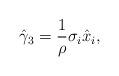
LaTeX: \begin{align*}\hat{\gamma}_{3}=\frac{1}{\rho}\sigma_{i}\hat{x}_{i},\end{align*}